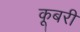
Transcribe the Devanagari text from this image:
कूबरी